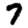
Digit: 7